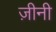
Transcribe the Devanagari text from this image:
ज़ीनी